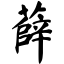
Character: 薛